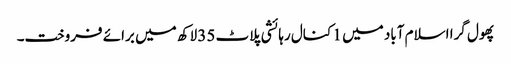
پھول گرا اسلام آباد میں 1 کنال رہائشی پلاٹ 35 لاکھ میں برائے فروخت۔